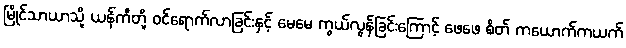
မြိုင်သာယာသို့ ယန်ကီတို့ ဝင်ရောက်လာခြင်းနှင့် မေမေ ကွယ်လွန်ခြင်းကြောင့် ဖေဖေ စိတ် ကယောက်ကယက်